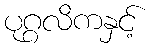
ပုဂ္ဂလိကနှင့်